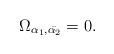
LaTeX: \begin{align*}\Omega_{\alpha_1,\bar{\alpha_2}}=0.\end{align*}